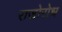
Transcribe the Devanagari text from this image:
राजोरोध